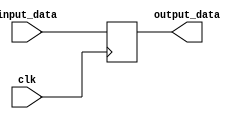
module REG_374(clk, input_data, output_data);

input [7:0] input_data;
input clk;

output [7:0] output_data;

reg [7:0] output_data;

always @(posedge clk)
begin
	output_data = input_data;
end

endmodule